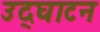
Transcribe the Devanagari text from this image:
उद्‌घाटन